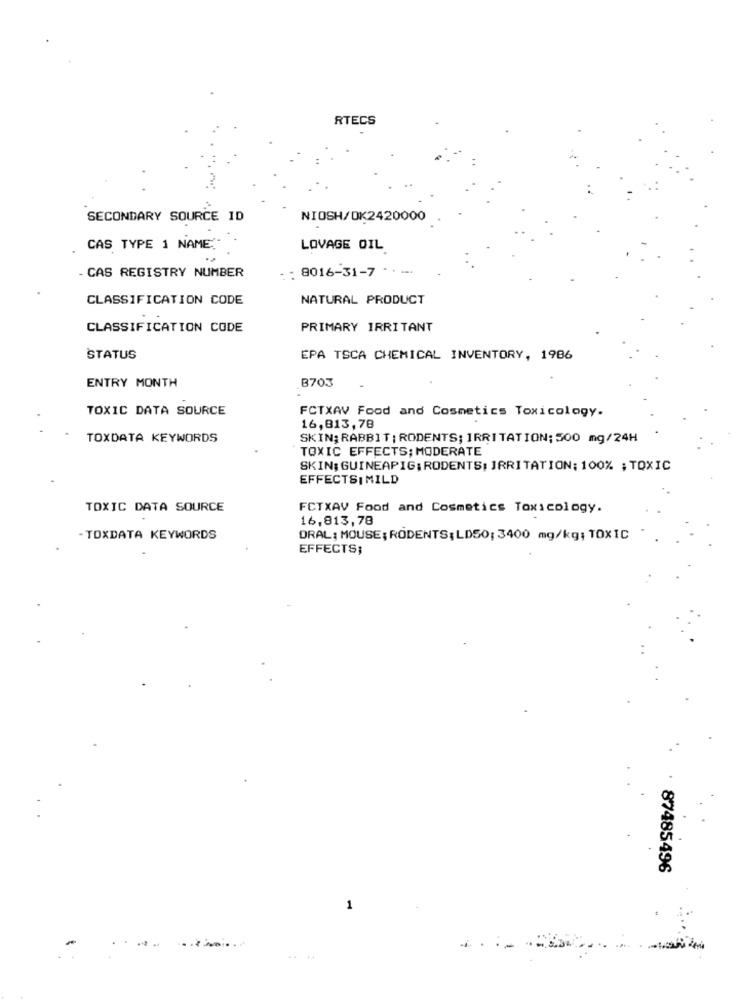
RTECS
SECONDARY SOURCE ID
NIOSH/0K2420000
CAS TYPE 1 NAME"
LOVAGE OIL
: 8016-31-7 · · --.
- CAS REGISTRY NUMBER
CLASSIFICATION CODE
NATURAL PRODUCT
CLASSIFICATION CODE
PRIMARY IRRITANT
STATUS
EPA TSCA CHEMICAL INVENTORY, 1986
B703
ENTRY MONTH
TOXIC DATA SOURCE
FCTXAV Food and Cosmetics Toxicology.
16,813,78
TOXDATA KEYWORDS
SKIN; RABBIT : RODENTS; IRRITATION; 500 mg/24H
TOXIC EFFECTS; MODERATE
SKIN: GUINEAPIG; RODENTS: IRRITATION: 100% ; TOXIC
EFFECTSI MILD
TOXIC DATA SOURCE
FCTXAV Food and Cosmetics Toxicology.
16,813,78
- TOXDATA KEYWORDS
ORAL: MOUSE; RODENTS: LDS0; 3400 mg/kg; TOXIC
EFFECTS;
87485496
1
-------